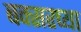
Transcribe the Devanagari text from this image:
बक्सरच्या